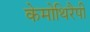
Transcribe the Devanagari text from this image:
केमोथिरैपी